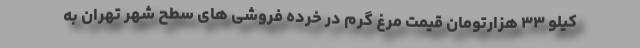
کیلو ۳۳ هزارتومان قیمت مرغ گرم در خرده فروشی های سطح شهر تهران به